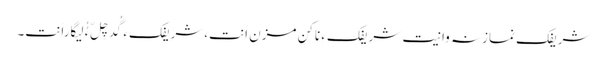
شریفک نمازنہ وانیت شریفکءِ ناکن مزن اَنت،شریفکءِ گُدچِلّ ءُُ لیگاراَنت۔